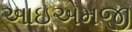
આઇએમજી